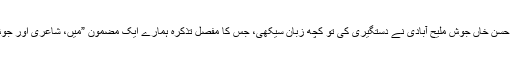
وہ تو حضرتِ شبیر حسن خاں جوشؔ ملیح آبادی نے دستگیری کی تو کچھ زبان سیکھی، جس کا مفصل تذکرہ ہمارے ایک مضمون ”میں، شاعری اور جوشؔ“ میں موجود ہے۔